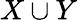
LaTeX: X\cup Y